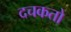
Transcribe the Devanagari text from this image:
दचकतो